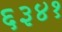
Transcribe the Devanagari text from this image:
६३४१